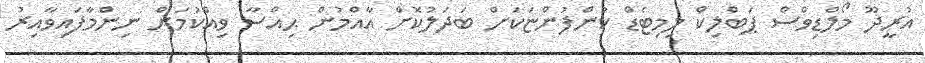
އުރީދޫ މޯލްޑިވްސް ޕަބްލިކް ލިމިޓެޑް ކުންފުންޏަކަށް ބަދަލުކޮށް އާއްމުން ޙިއްސާ ވިއްކުމަށް ނިންމާފައިވާއިރު